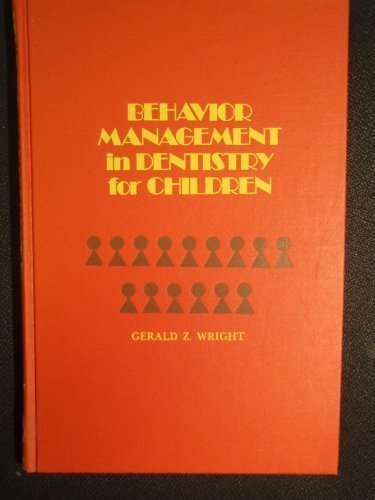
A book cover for Behavior Management in Dentistry for Children; Gerald Z. Wright; Medical Books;